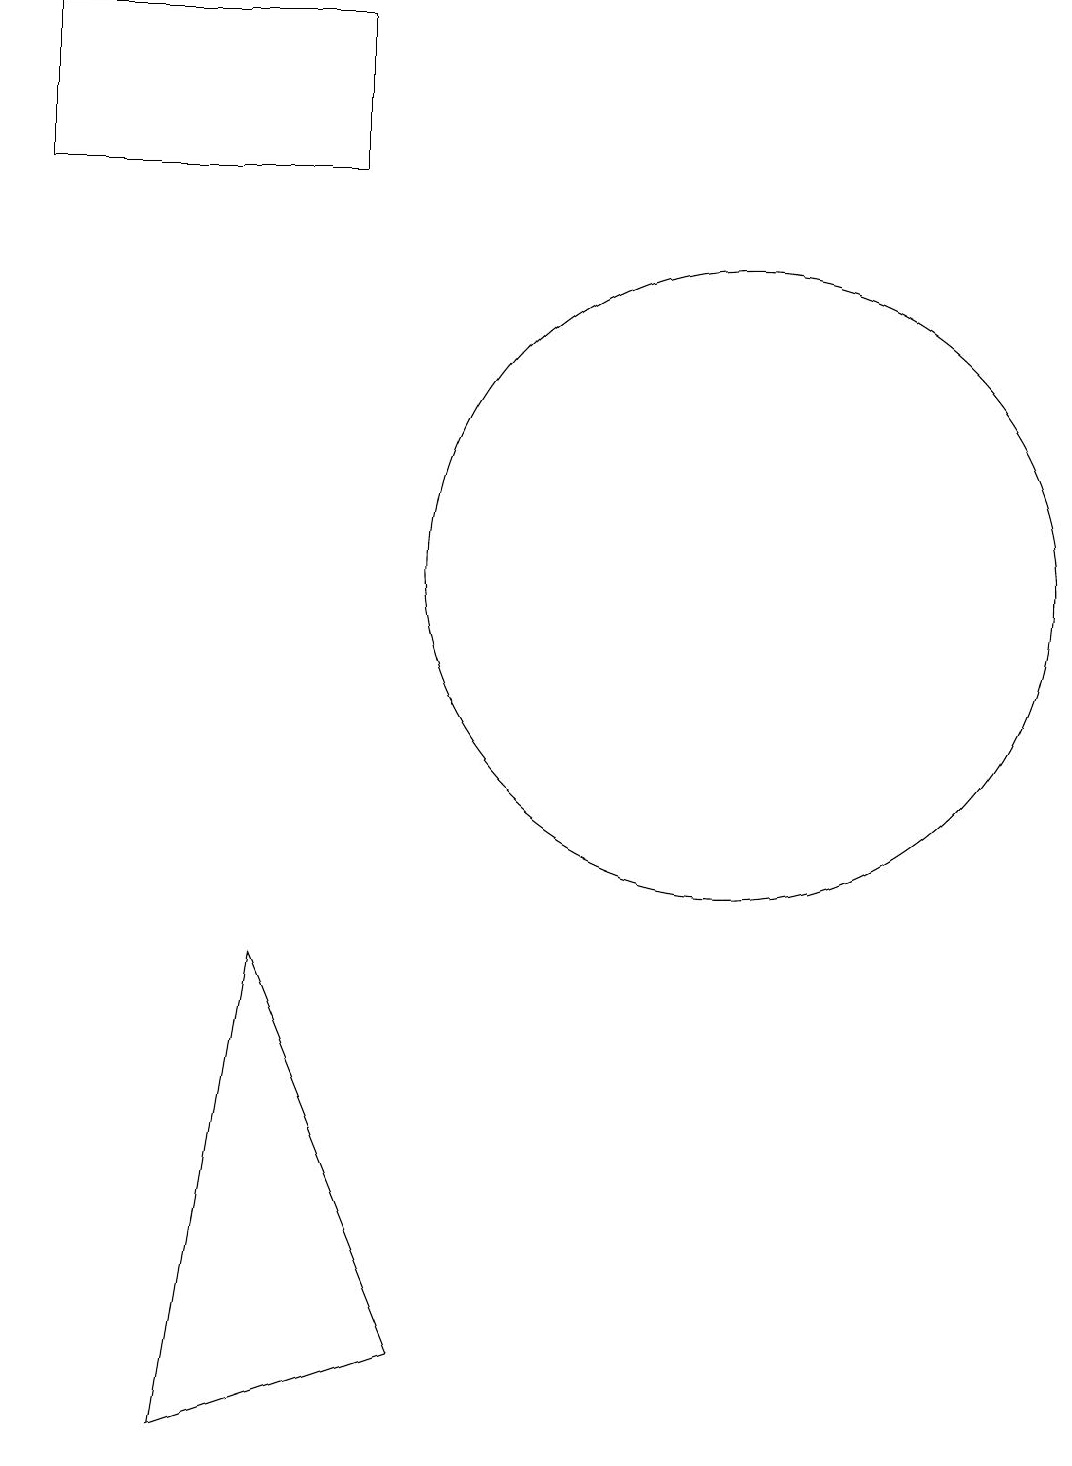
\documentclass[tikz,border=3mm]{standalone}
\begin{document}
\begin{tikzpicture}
\draw (7,2) -- (4,1) -- (5,7) -- cycle;
\draw (2,17) rectangle (6,19);
\draw (11,12) circle (4);
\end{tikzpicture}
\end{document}